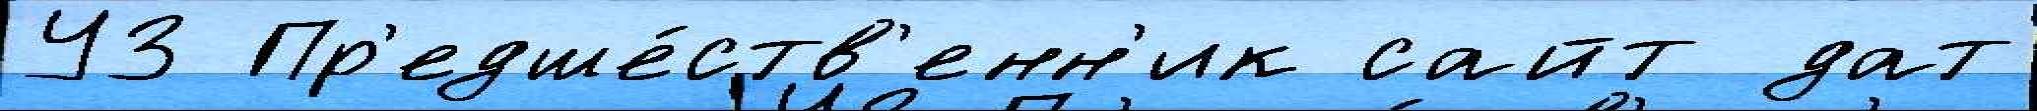
УЗ Пр'едше́ств'енн'ик сайт дат